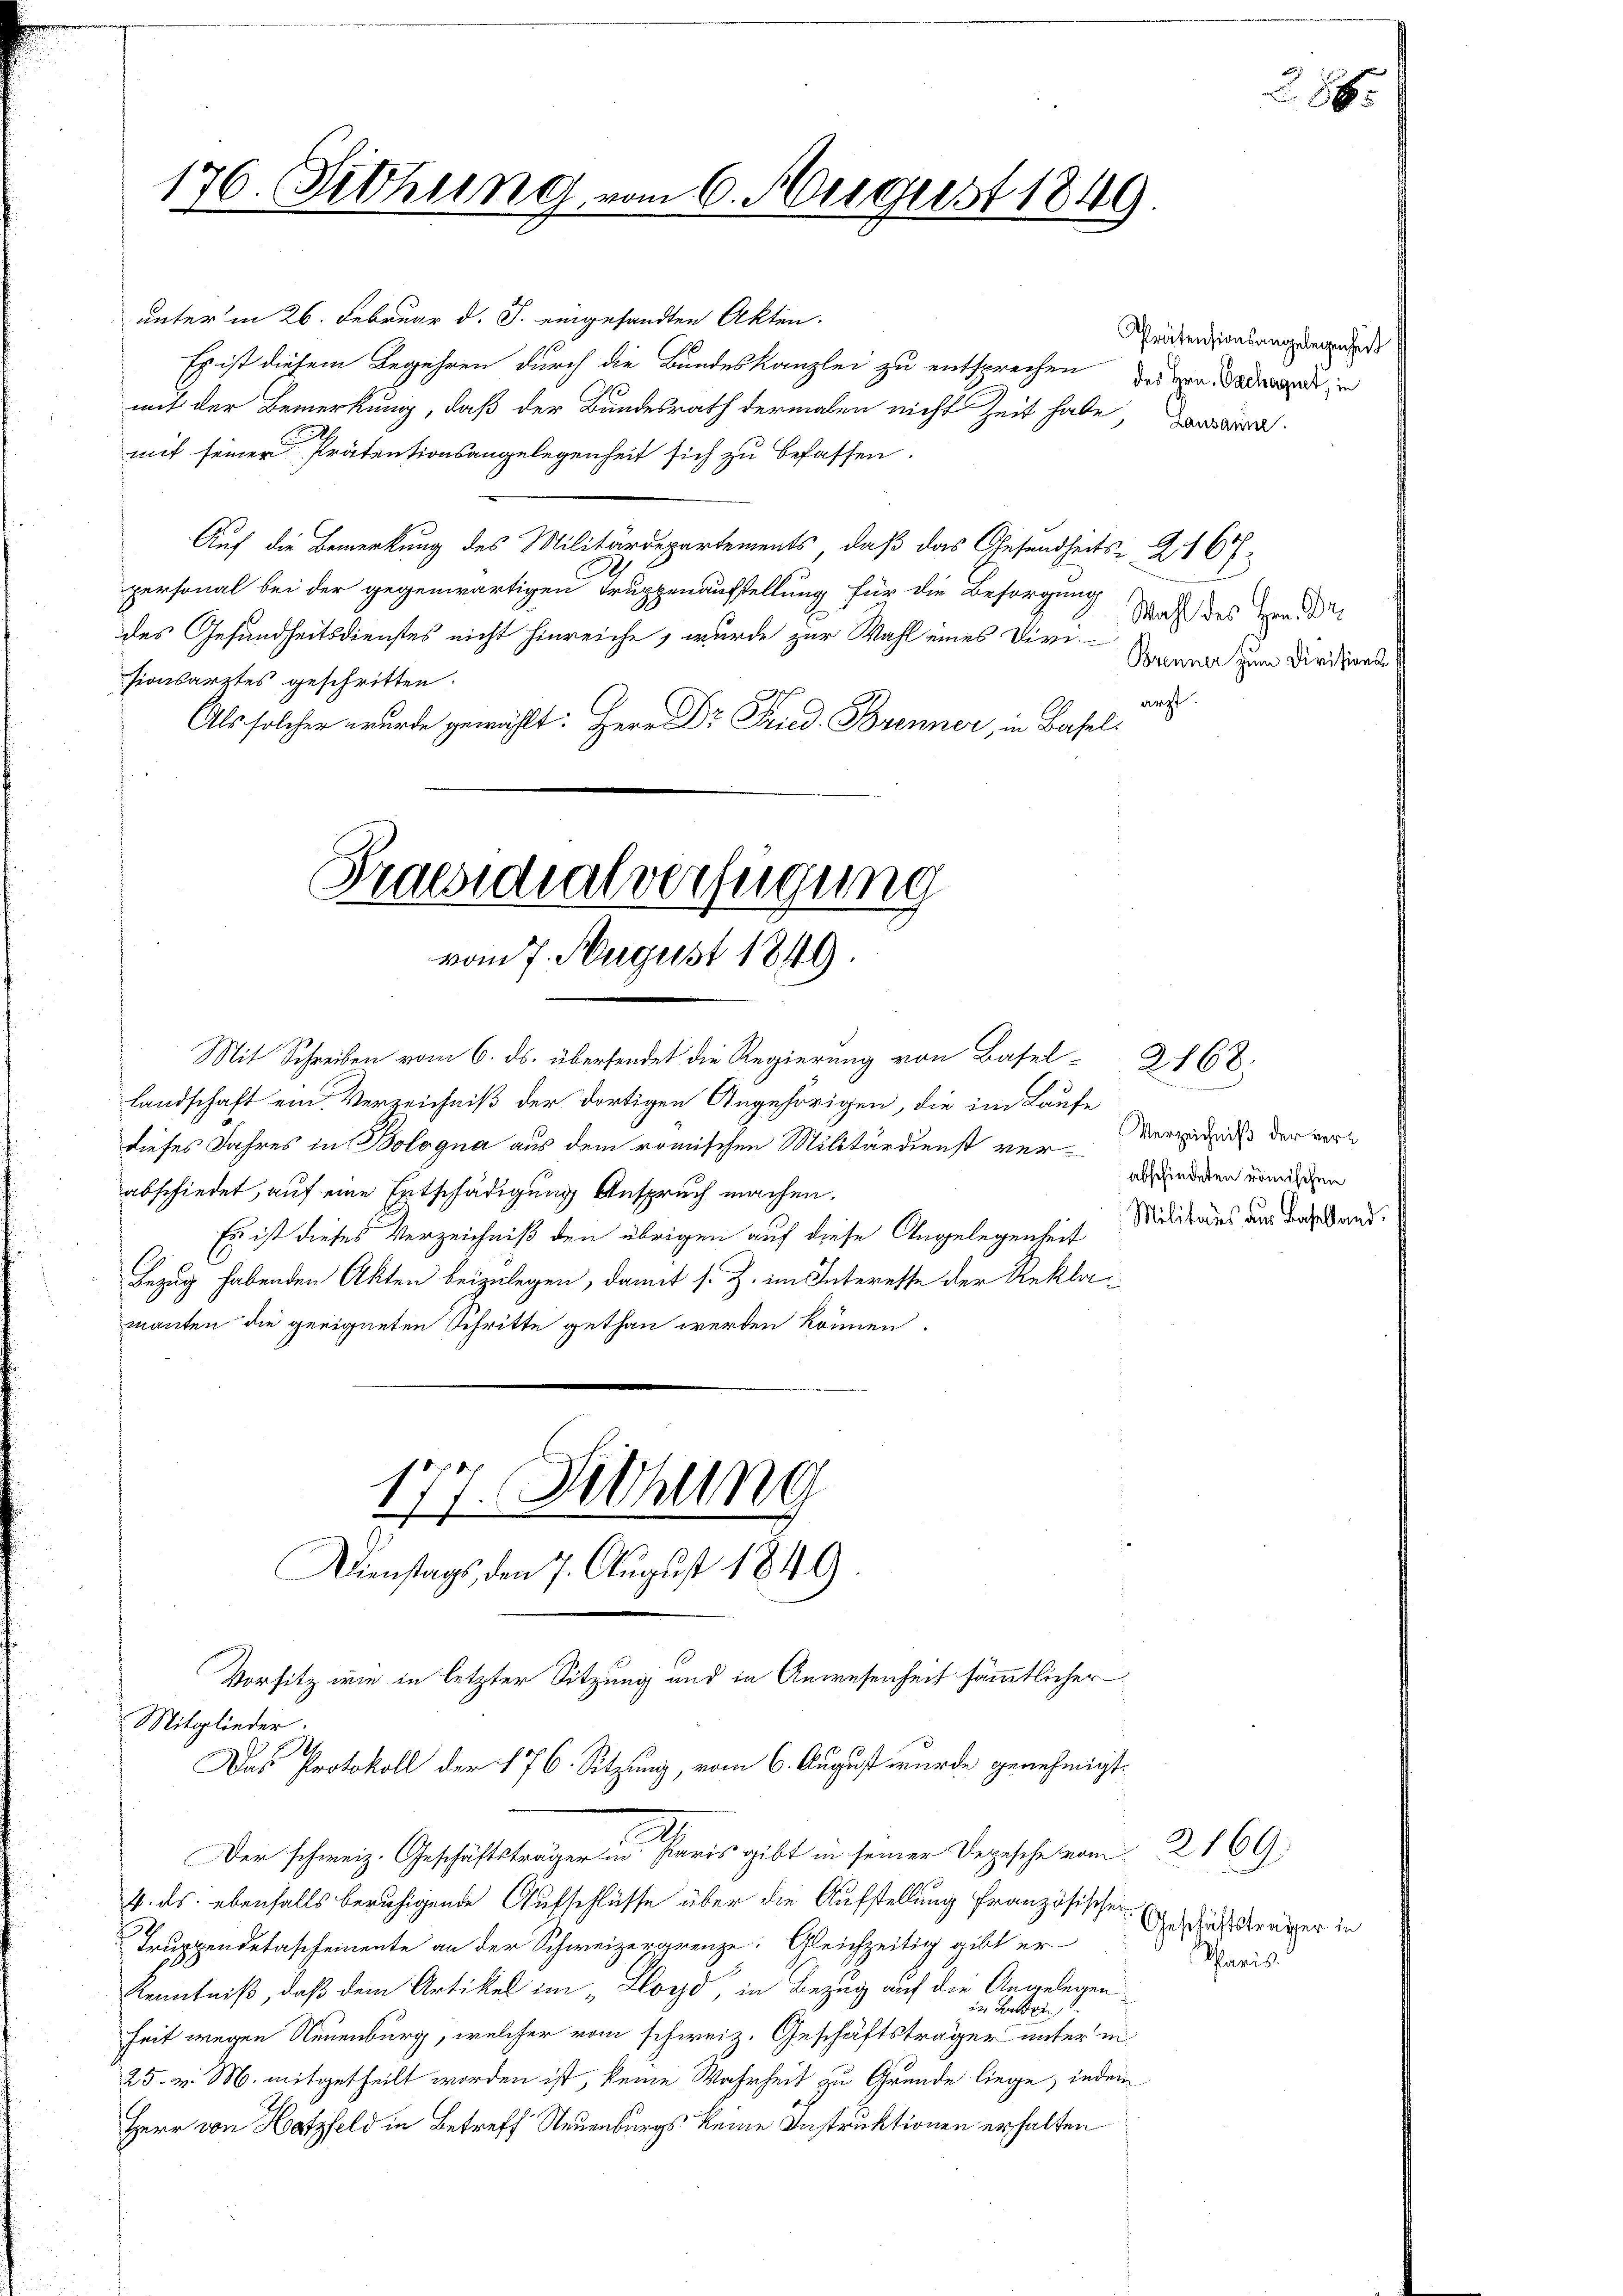
176. Sitzung vom 6. August 1849
t

unter in 26. Februar d. J. eingesandten Akten.
Es ist diesem Begehren durch die Bundeskanzlei zu entsprechen dessen Tage in
mit der Bemerkung, daß der Bundesrath dermalen nicht zeit habe, d
mit seiner Prätentionsangelegenheit sich zu befassen.
Auf die Bemerkung des Militärdepartements, daß das Gesundheits- 216 f
2
personal bei der gegenwärtigen Truppenaufstellung für die Besorgung
des Gesundheitsdienstes nicht hinreiche, wurde zur Wahl eines Divisionsarztes geschritten.
arzt.
Als solcher wurde gewählt: Herr Dr. Fried. Brenner, in Basel¬

vom 7. August 1849.

Mit Schreiben vom 6. ds. übersendet die Regierung von Basel-2168.
Landschaft ein Verzeichniß der dortigen Angehörigen, die im Laufe
dieses Jahres in Bologna aus dem römischen Militärdienst verabschiedet, auf eine Entschädigung Anspruch machen.
Es ist dieses Verzeichniß den übrigen auf diese Angelegenheit Militares aus derband.
Bezug habenden Akten beizulegen, damit s. Z. im Interesse der Reklamanten die geeigneten Schritte gethan werden können.
177. Setzung
Vorsitz wie in letzter Sitzung und in Anwesenheit sämmtlicher
Mitglieder.
.
Das Protokoll der 176. Sitzung, vom 6. August wurde genehmigt.
Der schweiz. Geschäftsträger in Paris gibt in seiner Dezische vom 2. 169
4. ds. ebenfalls beruhigende Aufschlüsse über die Aufstellung französischer
Truppendetascheinente an der Schweizergrenze. Gleichzeitig gibt er
Kenntniß, daß dem Artikel im „Hoyd, in Bezug auf die Angelegen
in Beden
heit wegen Neuenburg, welcher vom schweiz. Geschäftsträger unter in
25. v. M. mitgetheilt worden ist, keine Wahrheit zu Grunde liege, inden
Herr von Hatzfeld in Betreff Neuenburgs keine Instruktionen erhalten

Praesidialverfügung

Dienstags den 7. August 1849.

Prätensionsangelegenheit

Wahl des Hrn. Dr.
Brenner zum Divisions-

Verzeichniß der verabschiedeten römischen

Geschäftsträger in
Spanis

286